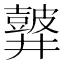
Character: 𪔏